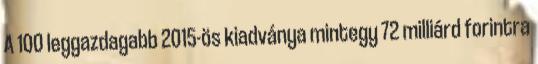
A 100 leggazdagabb 2015-ös kiadványa mintegy 72 milliárd forintra